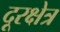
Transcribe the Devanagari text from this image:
दूरक्षेत्र